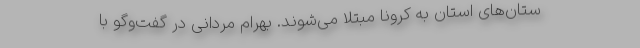
ستان‌های استان به کرونا مبتلا می‌شوند. بهرام مردانی در گفت‌وگو با